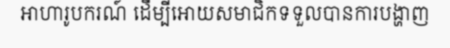
អាហារូបករណ៍ ដើម្បីអោយសមាជិកទទួលបានការបង្ហាញ